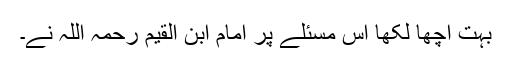
بہت اچھا لکھا اس مسئلے پر امام ابن القیم رحمہ اللہ نے۔